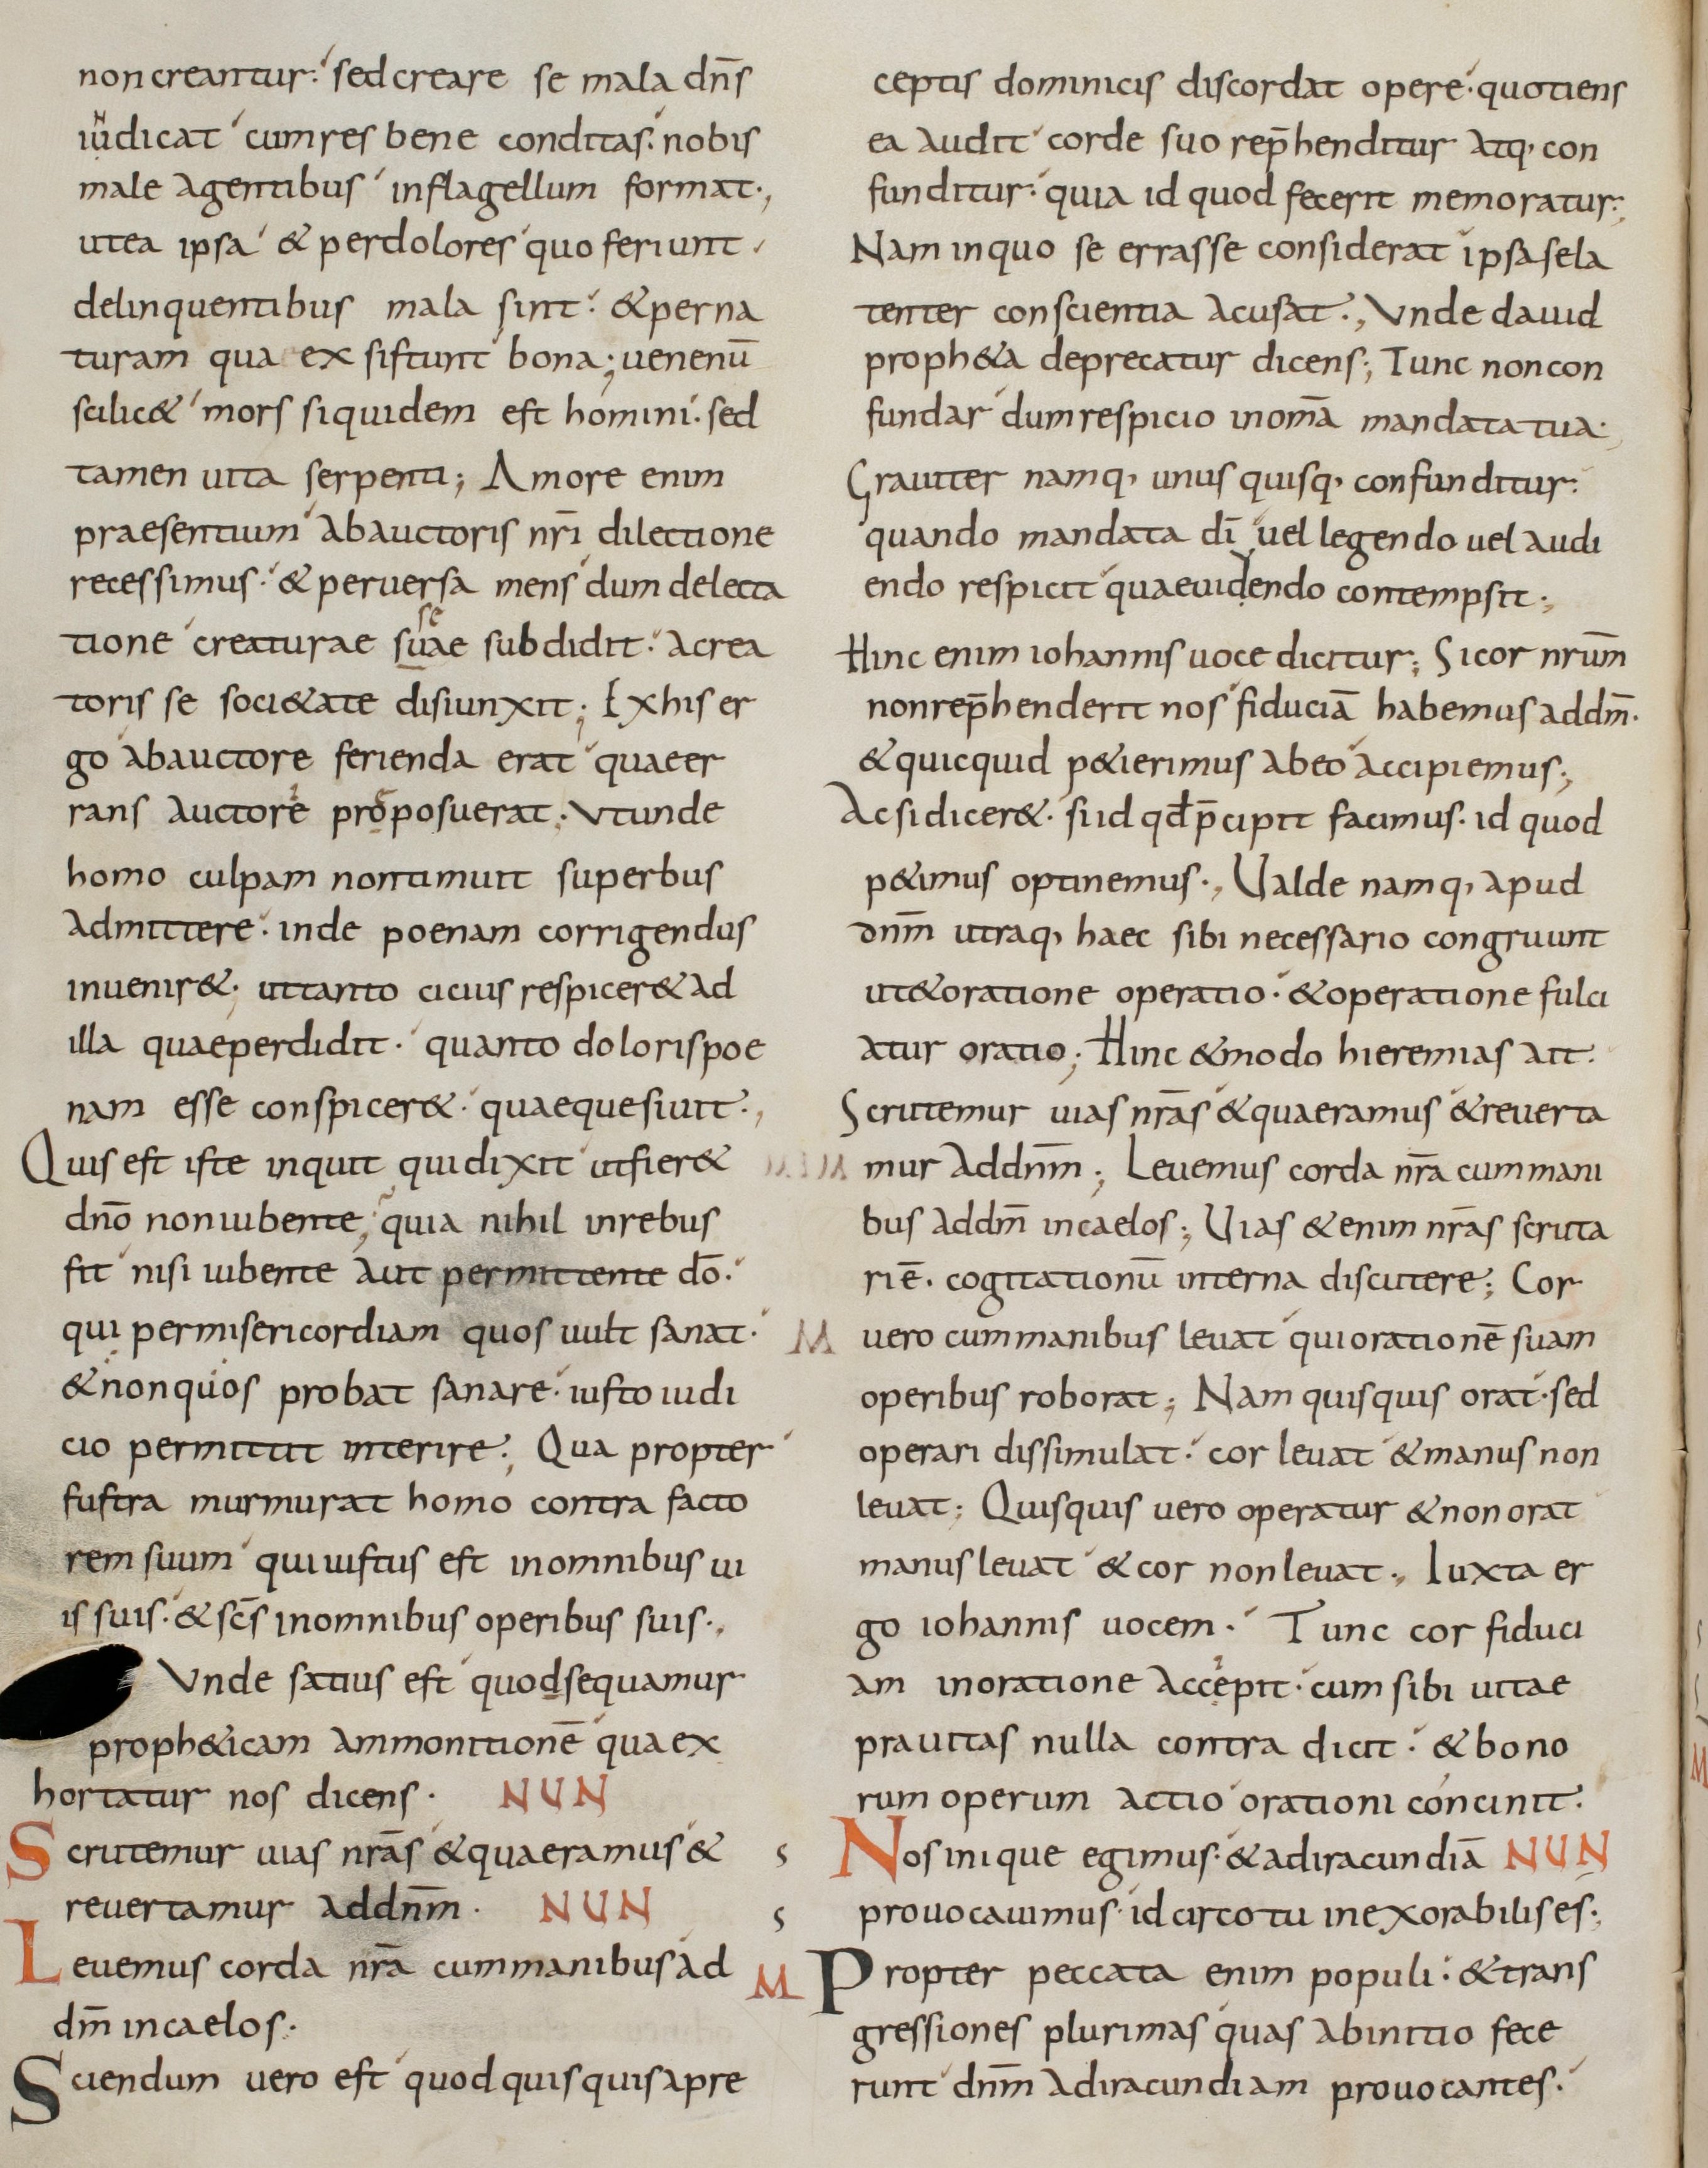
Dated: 800–899